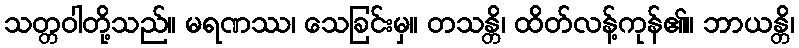
သတ္တဝါတို့သည်။ မရဏဿ၊ သေခြင်းမှ။ တသန္တိ၊ ထိတ်လန့်ကုန်၏။ ဘာယန္တိ၊